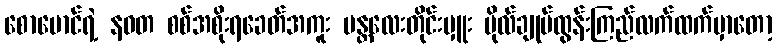
စောမောင်ရဲ့ နဝတ စစ်အစိုးရခေတ်အကူး မန္တလေးတိုင်းမှူး ဗိုလ်ချုပ်ထွန်းကြည်လက်ထက်မှာတော့